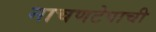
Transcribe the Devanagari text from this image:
नाचणटेपाची